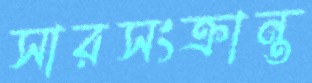
সারসংক্রান্ত